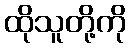
ထိုသူတို့ကို